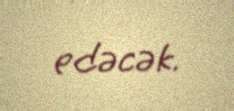
edəcək.